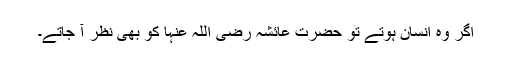
اگر وہ انسان ہوتے تو حضرت عائشہ رضی اللہ عنہا کو بھی نظر آ جاتے۔